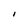
Character: I